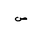
Letter: _sad